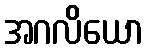
အဂလိယော